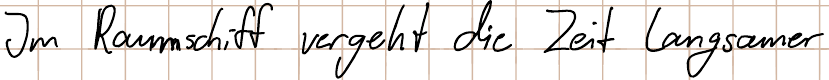
Im Raumschiff vergeht die Zeit langsamer